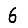
Digit: 6